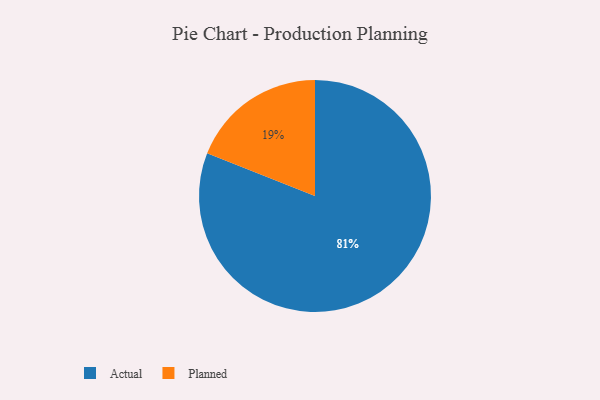
{"axis": {"x": "Category", "y": "Percentage"}, "legend": ["Actual", "Planned"], "data": [{"x": "Planned", "y": 19, "type": "Planned"}, {"x": "Actual", "y": 81, "type": "Actual"}]}